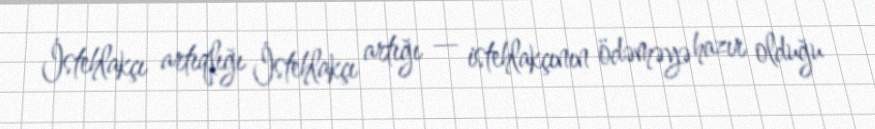
İstehlakçı artıqlığı İstehlakçı artığı — istehlakçının ödəməyə hazır olduğu